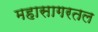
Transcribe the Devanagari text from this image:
महासागरतल